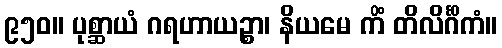
၉၅၀။ ပုစ္ဆာယံ ဂရဟာယဉ္စာ၊ နိယမေ ကိံ တိလိင်္ဂိကံ။